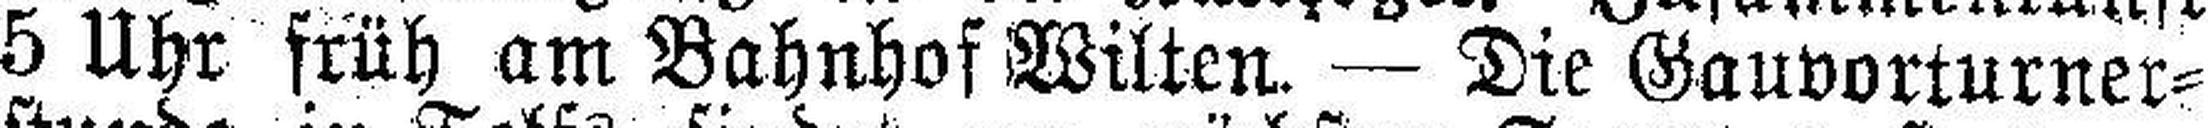
5 Uhr früh am Bahnhof Wilten. — Die Gauvorturner¬